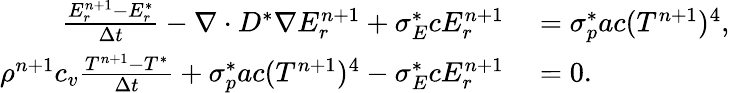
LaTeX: \begin{array}{rl}{\frac{E_{r}^{n+1}-E_{r}^{*}}{\Delta t}-\nabla\cdot D^{*}\nabla E_{r}^{n+1}+\sigma_{E}^{*}cE_{r}^{n+1}}&{{}=\sigma_{p}^{*}ac(T^{n+1})^{4},}\\ {\rho^{n+1}c_{v}\frac{T^{n+1}-T^{*}}{\Delta t}+\sigma_{p}^{*}ac(T^{n+1})^{4}-\sigma_{E}^{*}cE_{r}^{n+1}}&{{}=0.}\end{array}